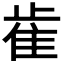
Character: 𰙭